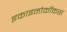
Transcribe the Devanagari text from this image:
इकाइनोकॉकस